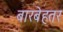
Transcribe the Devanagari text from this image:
बारबेहतर